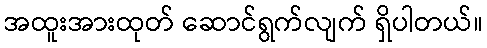
အထူးအားထုတ် ဆောင်ရွက်လျက် ရှိပါတယ်။